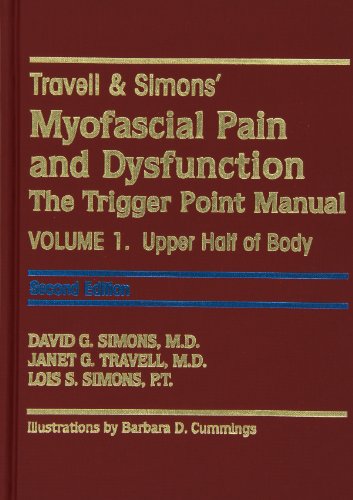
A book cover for Travell & Simons' Myofascial Pain and Dysfunction: The Trigger Point Manual (2-Volume Set); David G. Simons; Medical Books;